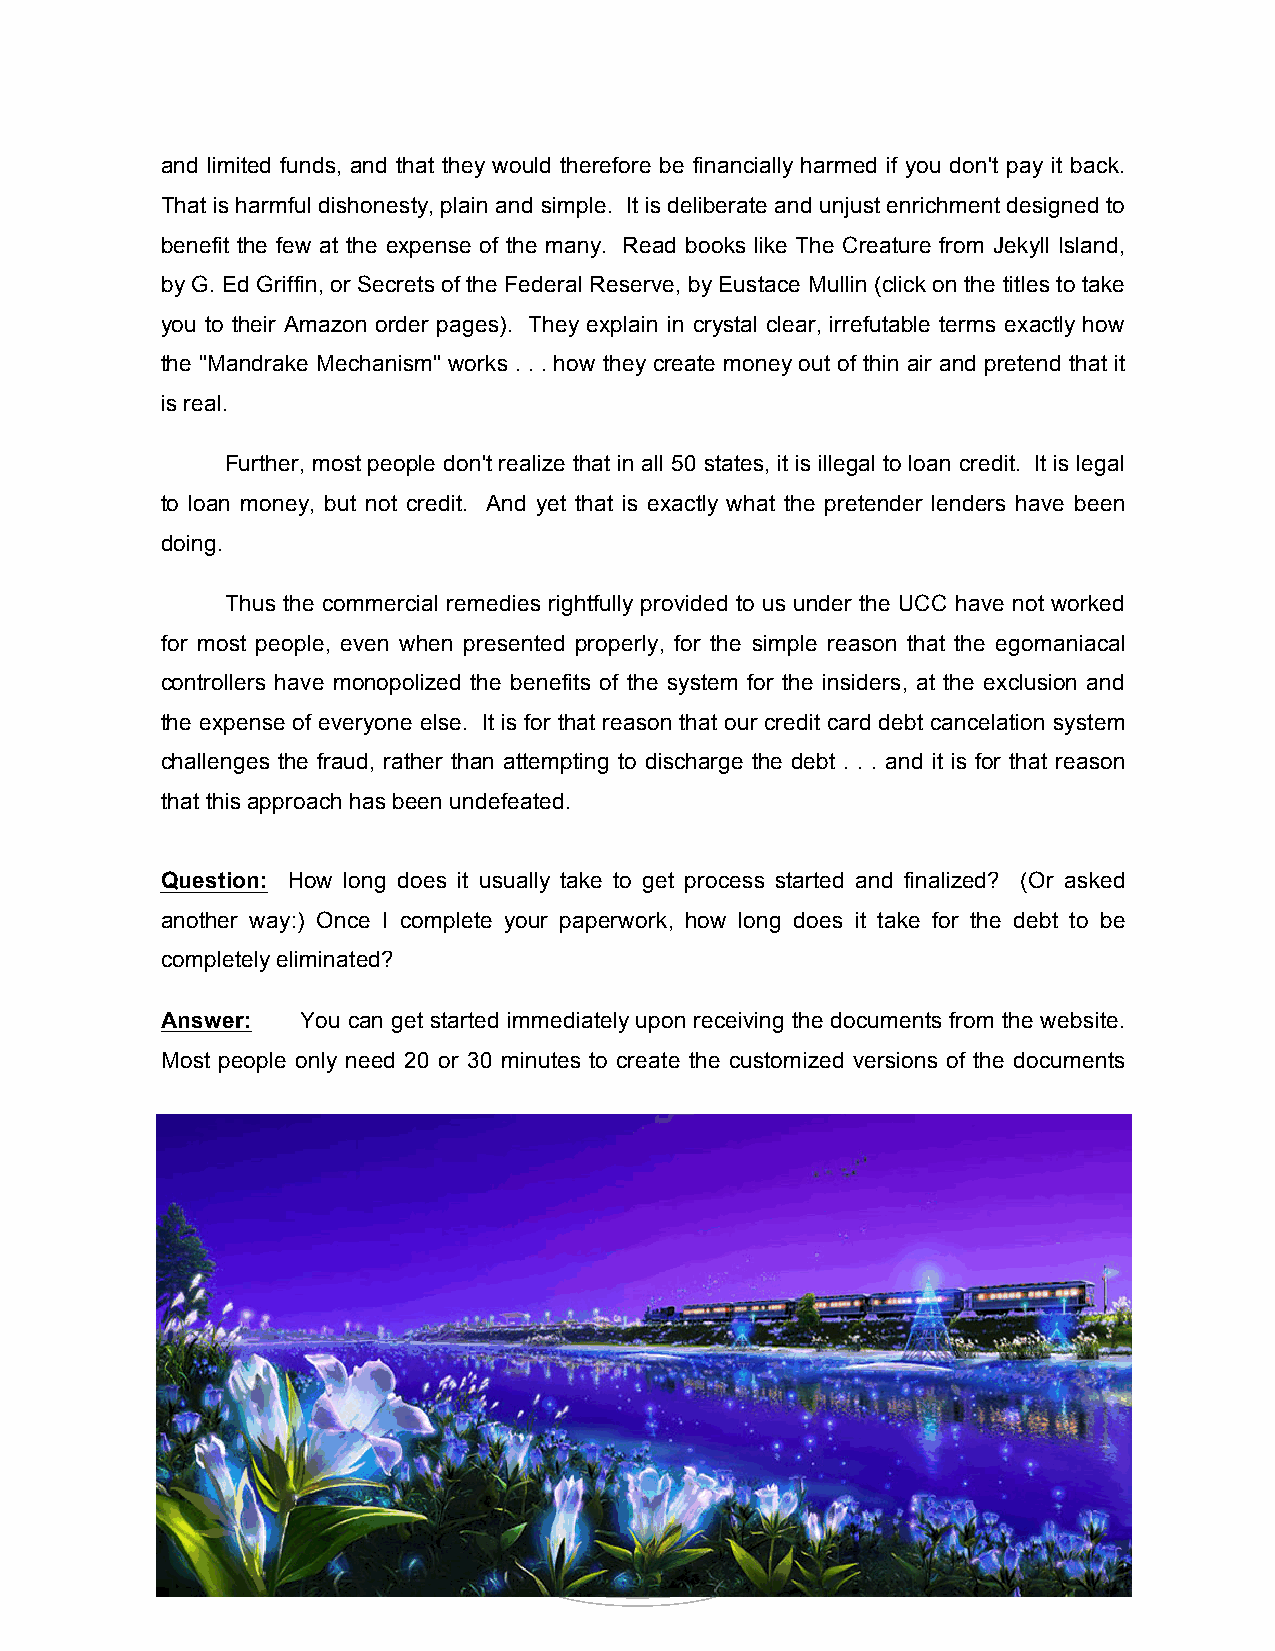
and limited funds, and that they would therefore be financially harmed if you don't pay it back.
 That is harmful dishonesty, plain and simple. It is deliberate and unjust enrichment designed to
 benefit the few at the expense of the many. Read books like The Creature from Jekyll Island,
 by G. Ed Griffin, or Secrets of the Federal Reserve, by Eustace Mullin (click on the titles to take
 you to their Amazon order pages). They explain in crystal clear, irrefutable terms exactly how
 the "Mandrake Mechanism" works . . . how they create money out of thin air and pretend that it
 is real.
 Further, most people don't realize that in all 50 states, it is illegal to loan credit. It is legal
 to loan money, but not credit. And yet that is exactly what the pretender lenders have been
 doing.
 Thus the commercial remedies rightfully provided to us under the UCC have not worked
 for most people, even when presented properly, for the simple reason that the egomaniacal
 controllers have monopolized the benefits of the system for the insiders, at the exclusion and
 the expense of everyone else. It is for that reason that our credit card debt cancelation system
 challenges the fraud, rather than attempting to discharge the debt . . . and it is for that reason
 that this approach has been undefeated.
 Question: How long does it usually take to get process started and finalized? (Or asked
 another way:) Once I complete your paperwork, how long does it take for the debt to be
 completely eliminated?
 Answer:  You can get started immediately upon receiving the documents from the website.
 Most people only need 20 or 30 minutes to create the customized versions of the documents
 35